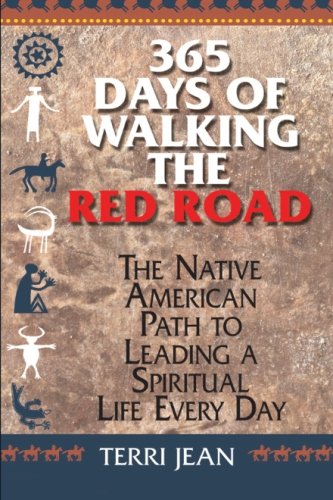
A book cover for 365 Days Of Walking The Red Road: The Native American Path to Leading a Spiritual Life Every Day (Religion and Spirituality); Terri Jean; History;